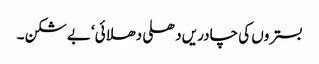
بستروں کی چادریں دھلی دھلائی‘بے شکن۔